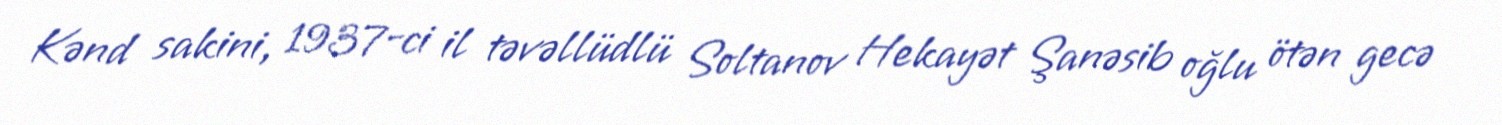
Kənd sakini, 1937-ci il təvəllüdlü Soltanov Hekayət Şanəsib oğlu ötən gecə